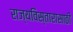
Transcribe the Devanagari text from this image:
राज्यविस्तारासाठी